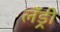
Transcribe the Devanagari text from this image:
लँड्री